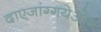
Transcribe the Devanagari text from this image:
दाएजांग्गयेओंग